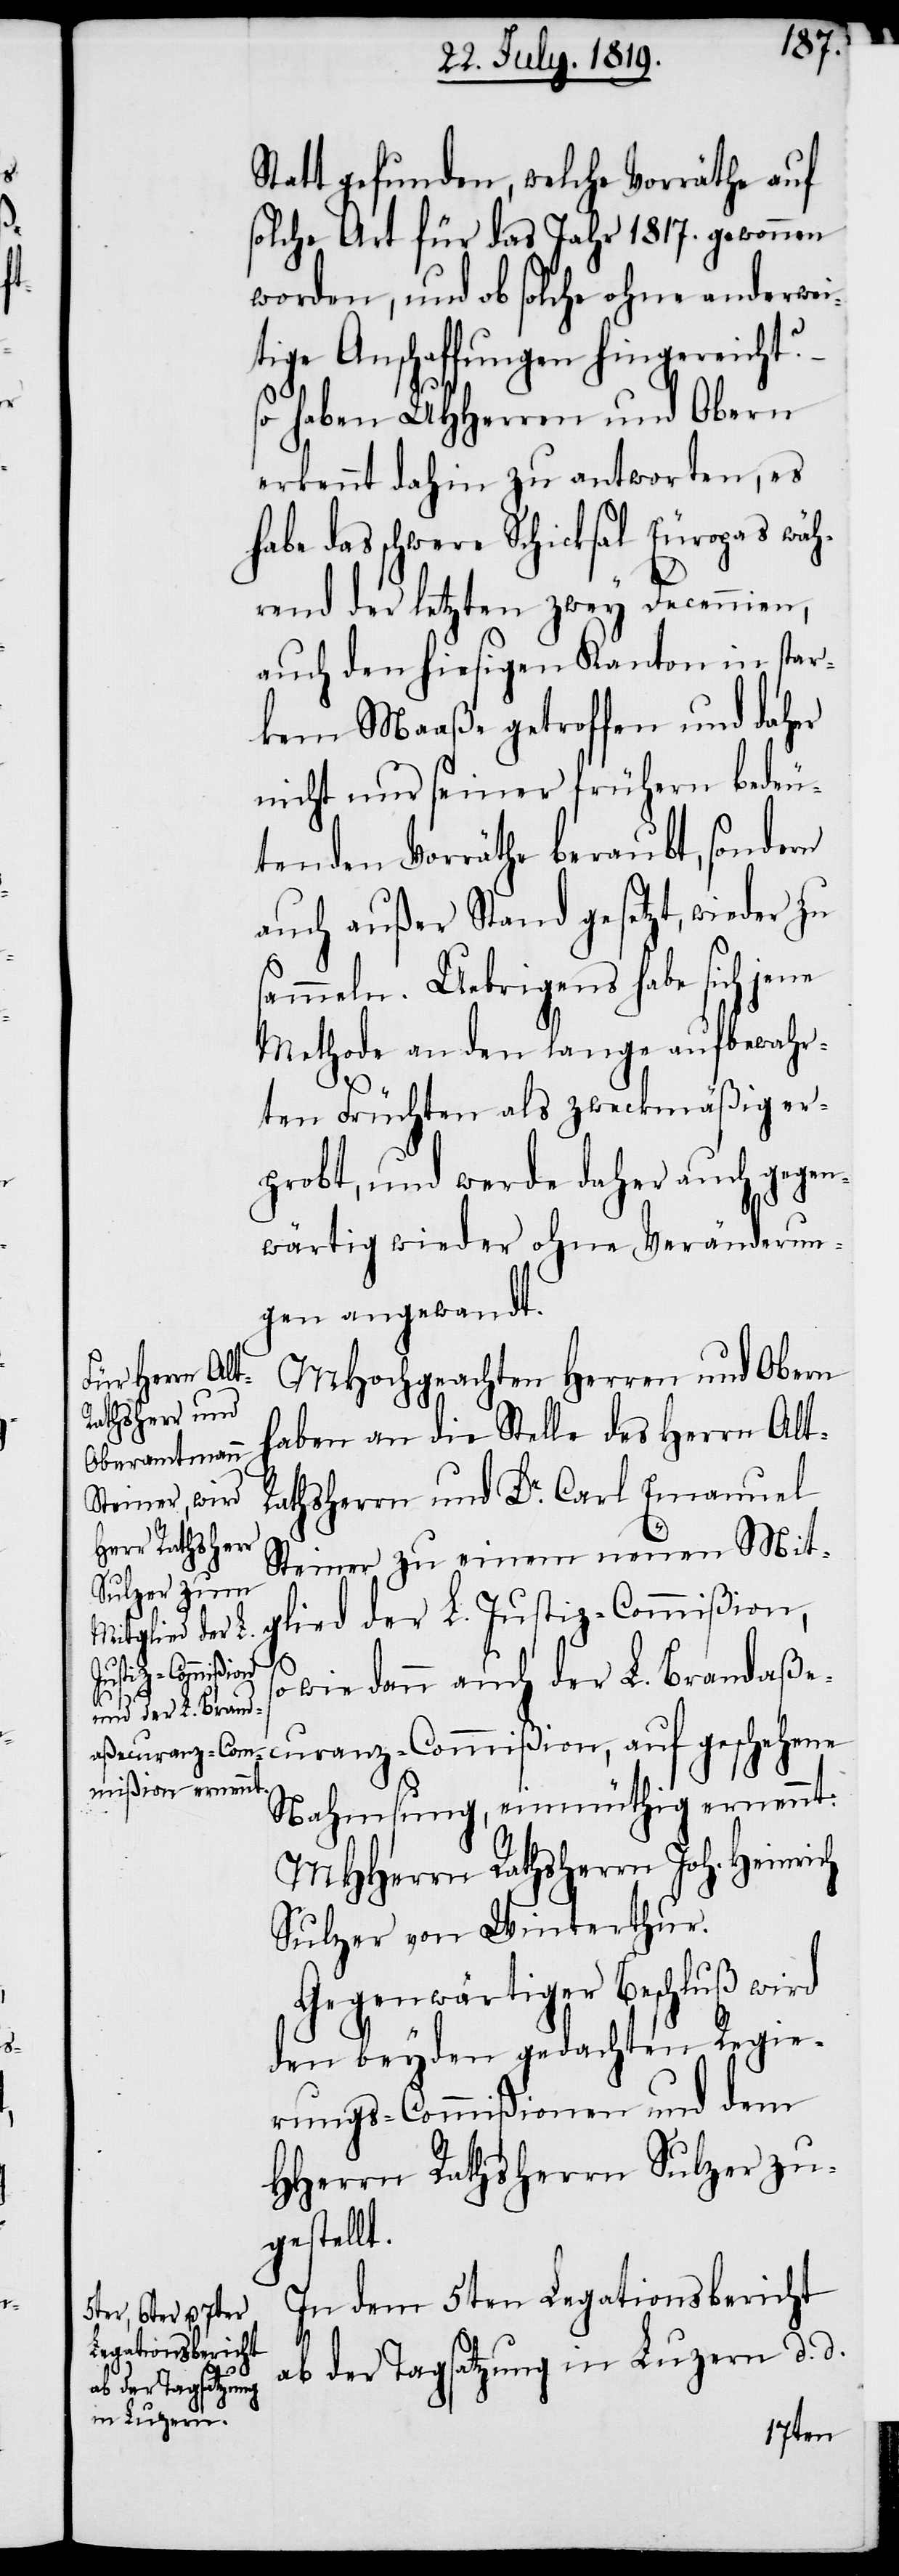
Statt gefunden, welche Vorräthe auf
solche Art für das Jahr 1817. gewonnen
worden, und ob solche ohne anderwei¬
tige Anschaffungen hingereicht?
so haben UHHerren und Obern
erkennt dahin zu antworten, es
habe das schwere Schicksal Europas wäh¬
rend der letzten zwey Decennien,
auch den hiesigen Kanton in star¬
kem Maaße getroffen und daher
nicht nur seiner frühern bedeu¬
tenden Vorräthe beraubt, sondern
auch außer Stand gesetzt, wieder zu
sammeln. Uebrigens habe sich jene
Methode an den lange aufbewahr¬
ten Früchten als zweckmäßig er¬
probt, und werde daher auch gegen¬
wärtig wieder ohne Veränderun¬
gen angewandt.
MHochgeachten Herren und Obern
haben an die Stelle des Herrn Alt-R¬
athsherrn und Dr. Carl Emanuel
Steiner zu einem neuen Mit¬
glied der L. Justiz-Commißion,
sowie dann auch der L. Brandaße¬
curanz-Commißion, auf geschehene
Nahmsung, einmüthig ernennt:
MHHerrn Rathsherrn Joh. Heinrich
Sulzer von Winterthur.
Gegenwärtiger Beschluß wird
den beyden gedachten Regie¬
rungs-Commißionen und dem
HHerrn Rathsherrn Sulzer zu¬
gestellt.
In dem 5ten Legationsbericht
ab der Tagsatzung in Luzern d. d.